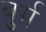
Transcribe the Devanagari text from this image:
बुर्म